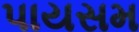
પાયસમ